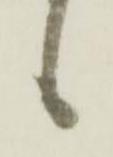
候